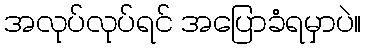
အလုပ်လုပ်ရင် အပြောခံရမှာပဲ။